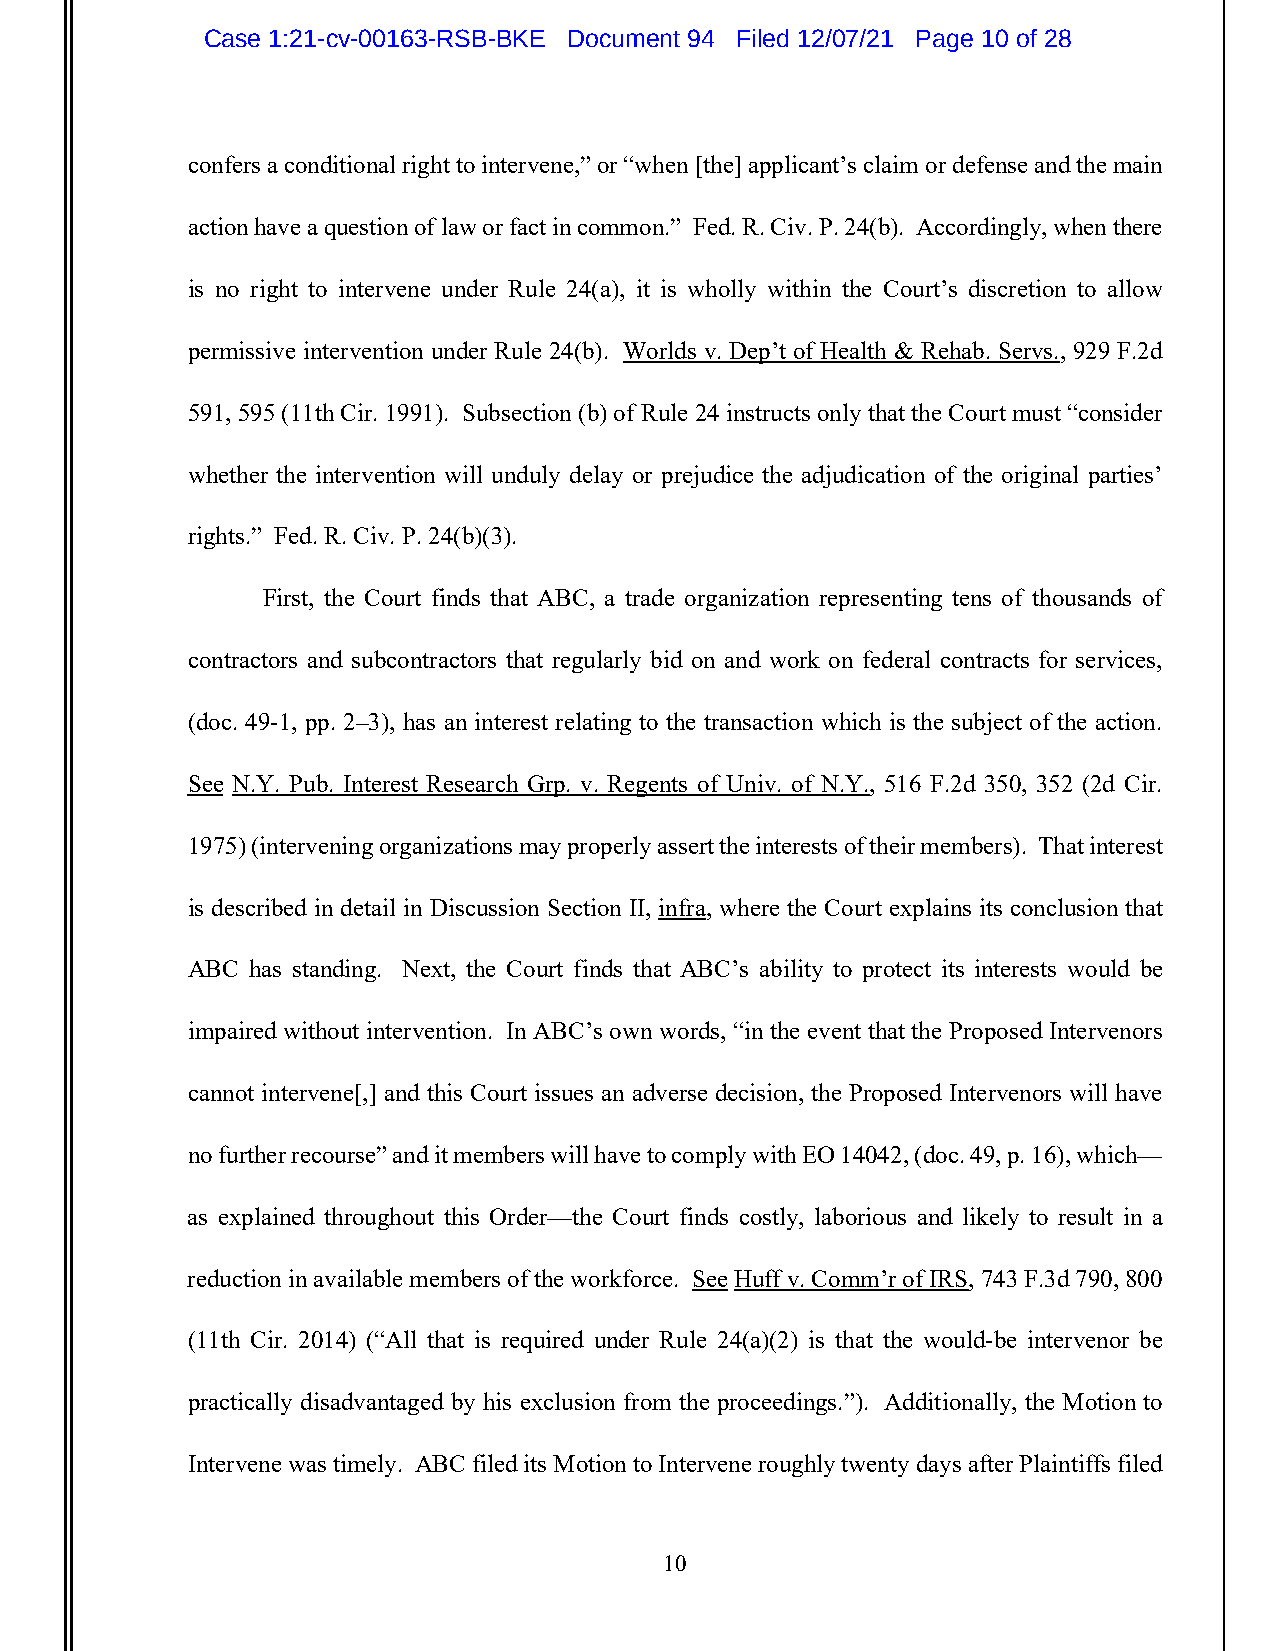
Case 1:21-cv-00163-RSB-BKE Document 94 Filed 12/07/21 Page 10 of 28
 confers a conditional right to intervene,” or “when [the] applicant’s claim or defense and the main
 action have a question of law or fact in common.” Fed. R. Civ. P. 24(b). Accordingly, when there
 is no right to intervene under Rule 24(a), it is wholly within the Court’s discretion to allow
 permissive intervention under Rule 24(b). Worlds v. Dep’t of Health & Rehab. Servs., 929 F.2d
 591, 595 (11th Cir. 1991). Subsection (b) of Rule 24 instructs only that the Court must “consider
 whether the intervention will unduly delay or prejudice the adjudication of the original parties’
 rights.” Fed. R. Civ. P. 24(b)(3).
 First, the Court finds that ABC, a trade organization representing tens of thousands of
 contractors and subcontractors that regularly bid on and work on federal contracts for services,
 (doc. 49-1, pp. 2–3), has an interest relating to the transaction which is the subject of the action.
 See N.Y. Pub. Interest Research Grp. v. Regents of Univ. of N.Y., 516 F.2d 350, 352 (2d Cir.
 1975) (intervening organizations may properly assert the interests of their members). That interest
 is described in detail in Discussion Section II, infra, where the Court explains its conclusion that
 ABC has standing. Next, the Court finds that ABC’s ability to protect its interests would be
 impaired without intervention. In ABC’s own words, “in the event that the Proposed Intervenors
 cannot intervene[,] and this Court issues an adverse decision, the Proposed Intervenors will have
 no further recourse” and it members will have to comply with EO 14042, (doc. 49, p. 16), which—
 as explained throughout this Order—the Court finds costly, laborious and likely to result in a
 reduction in available members of the workforce. See Huff v. Comm’r of IRS, 743 F.3d 790, 800
 (11th Cir. 2014) (“All that is required under Rule 24(a)(2) is that the would-be intervenor be
 practically disadvantaged by his exclusion from the proceedings.”). Additionally, the Motion to
 Intervene was timely. ABC filed its Motion to Intervene roughly twenty days after Plaintiffs filed
 10